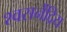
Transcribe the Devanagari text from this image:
श्वसनेंद्रिय